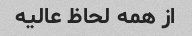
از همه لحاظ عالیه